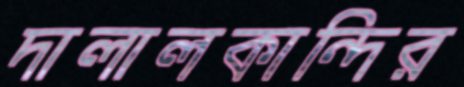
দালালকান্দির